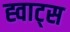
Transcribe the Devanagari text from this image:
ह्वाट्‍स